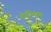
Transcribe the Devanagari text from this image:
बोर्डोनेसच्या